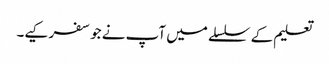
تعلیم کے سلسلے میں آپ نے جو سفر کیے۔